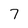
Character: 7